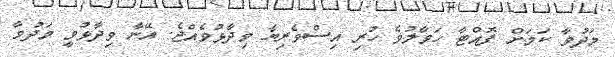
މަދުވާ ކަމަށް ފޮއްޓާ ހަވާލުވެ ހުރި އިސްވެރިޔާ ވިދާޅުވެއްޖެ. އޭނާ ވިދާޅުވީ މަދުވާ